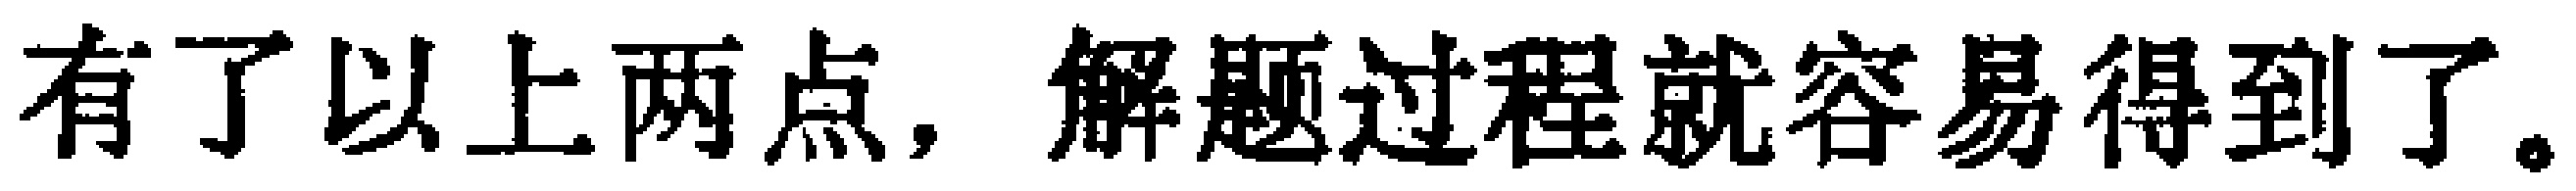
有了以上两点，解题过程就容易得到了。